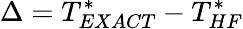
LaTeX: \Delta=T_{EXACT}^{*}-T_{HF}^{*}